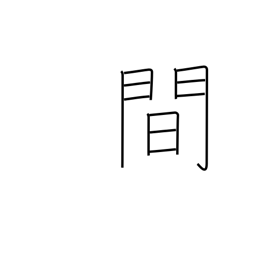
Meaning: space